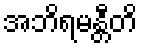
အဘိရမန္တီတိ